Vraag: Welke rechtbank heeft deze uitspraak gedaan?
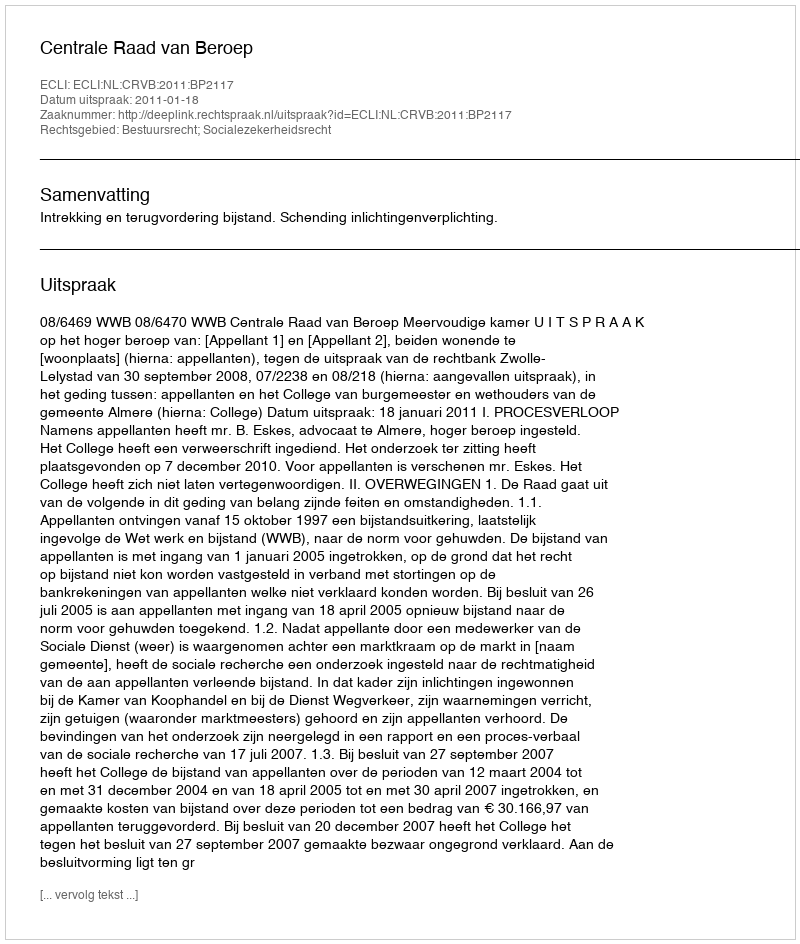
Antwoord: Centrale Raad van Beroep